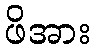
ဖိအား